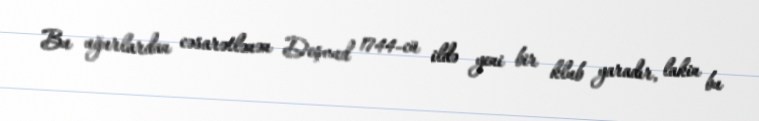
Bu uğurlardan cəsarətlənən Deşvud 1744-cü ildə yeni bir klub yaradır, lakin bu